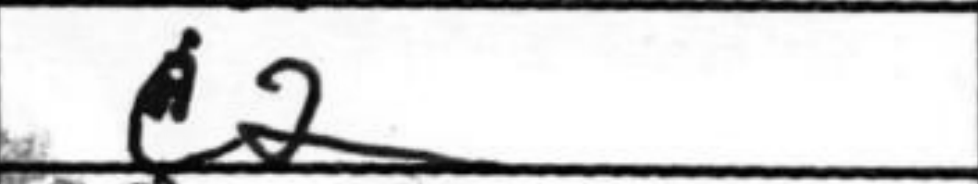
Transcription: c2